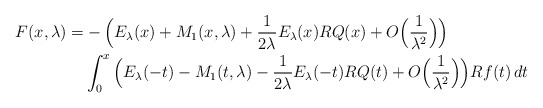
\begin{align*}F(x,\lambda)=& -\Big(E_\lambda(x)+ M_1(x,\lambda) +\frac{1}{2\lambda}E_\lambda(x) R Q(x) +O\Big(\frac{1}{\lambda^2}\Big)\Big)\\ &\int_0^x \Big(E_\lambda(-t)-M_1(t,\lambda) -\frac{1}{2\lambda}E_\lambda(-t) R Q(t) +O\Big(\frac{1}{\lambda^2}\Big)\Big) R f(t)\,dt\end{align*}